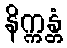
နိက္ကန္တံ